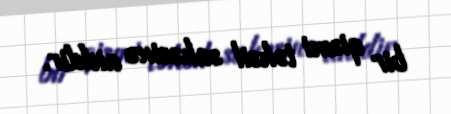
bir qismi təhsil sahəsinə aiddir.